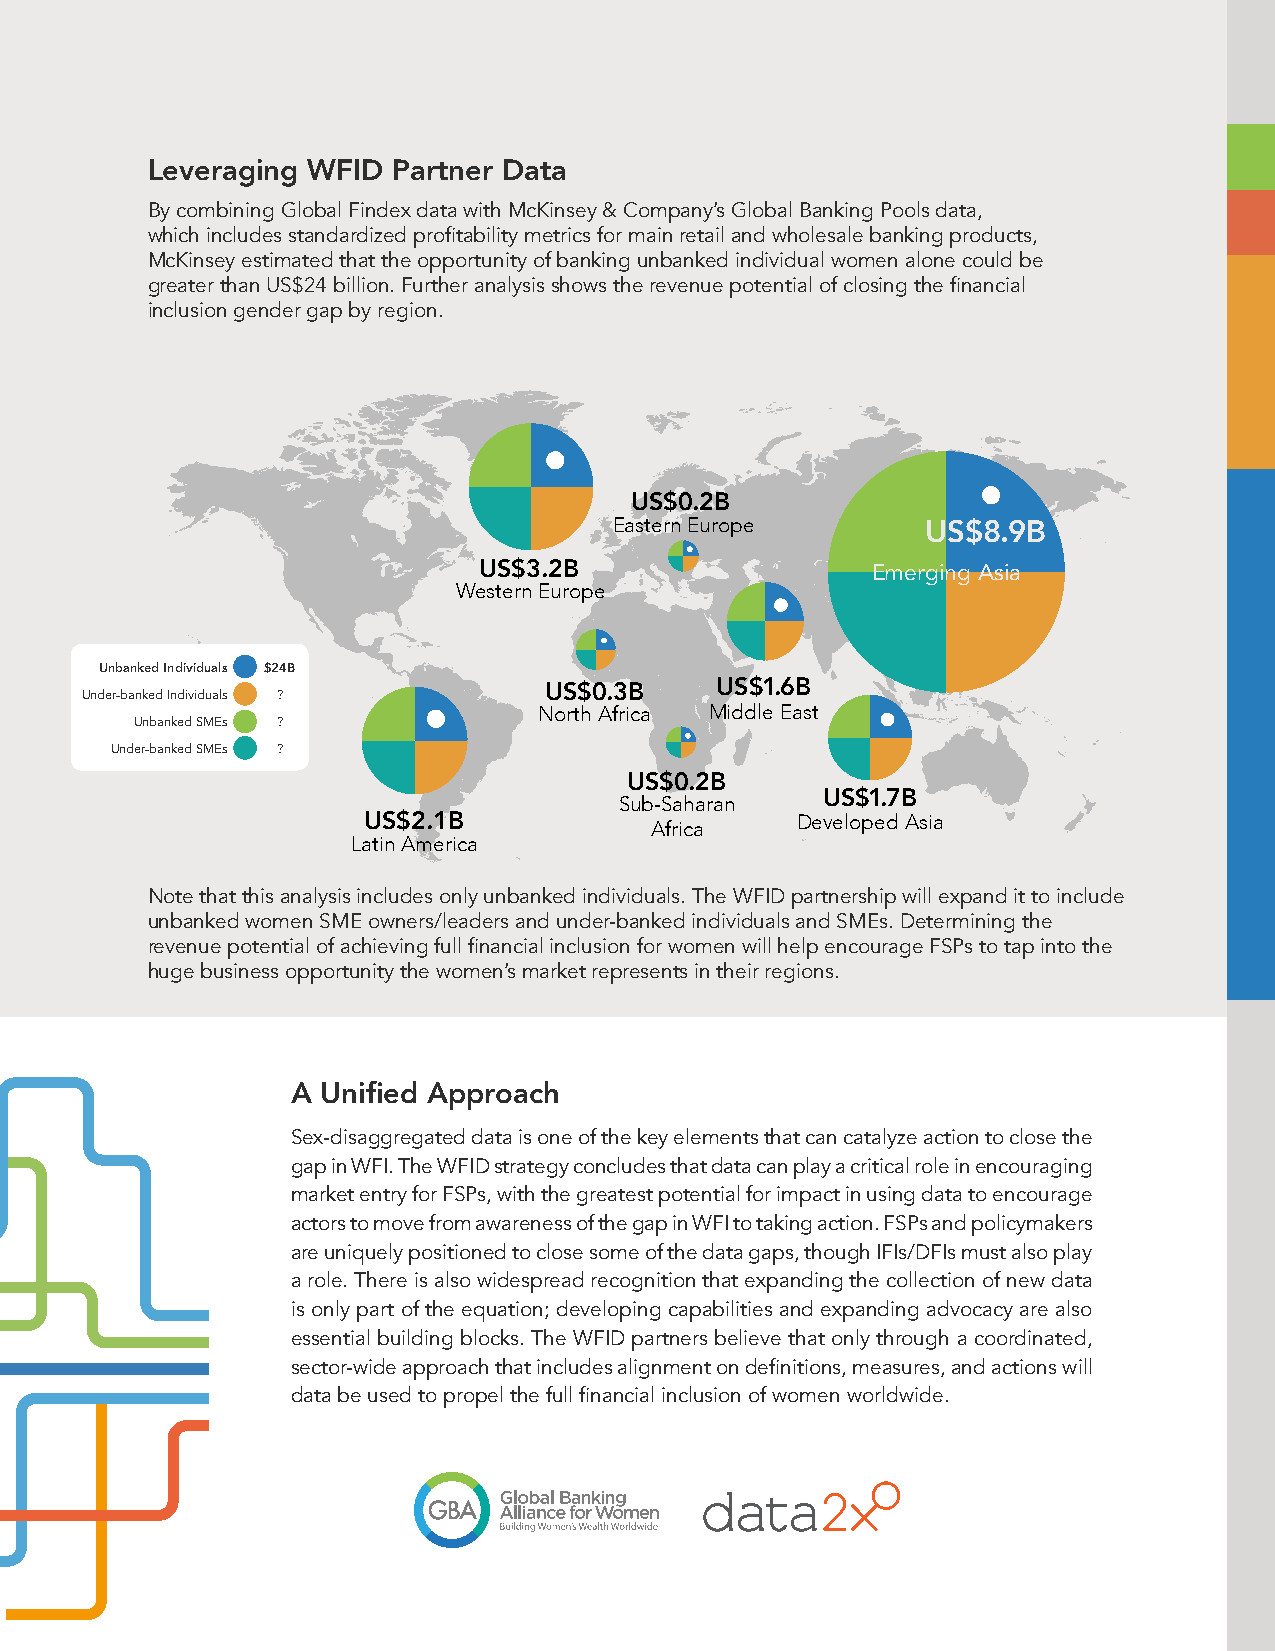
Leveraging WFID Partner Data
 By combining Global Findex data with McKinsey & Company’s Global Banking Pools data,
 which includes standardized profitability metrics for main retail and wholesale banking products,
 McKinsey estimated that the opportunity of banking unbanked individual women alone could be
 greater than US$24 billion. Further analysis shows the revenue potential of closing the financial
 inclusion gender gap by region.
 US$0.2B
 Eastern Europe
 US$8.9B
 US$3.2B                   Emerging Asia
 Western Europe
 Unbanked Individuals $24B
 Under-banked Individuals ?     US$0.3B    US$1.6B
 North Africa Middle East
 Unbanked SMEs ?
 Under-banked SMEs ?
 US$0.2B
 Sub-Saharan  US$1.7B
 US$2.1B            Africa    Developed Asia
 Latin America
 Note that this analysis includes only unbanked individuals. The WFID partnership will expand it to include
 unbanked women SME owners/leaders and under-banked individuals and SMEs. Determining the
 revenue potential of achieving full financial inclusion for women will help encourage FSPs to tap into the
 huge business opportunity the women’s market represents in their regions.
 A Unified Approach
 Sex-disaggregated data is one of the key elements that can catalyze action to close the
 gap in WFI. The WFID strategy concludes that data can play a critical role in encouraging
 market entry for FSPs, with the greatest potential for impact in using data to encourage
 actors to move from awareness of the gap in WFI to taking action. FSPs and policymakers
 are uniquely positioned to close some of the data gaps, though IFIs/DFIs must also play
 a role. There is also widespread recognition that expanding the collection of new data
 is only part of the equation; developing capabilities and expanding advocacy are also
 essential building blocks. The WFID partners believe that only through a coordinated,
 sector-wide approach that includes alignment on definitions, measures, and actions will
 data be used to propel the full financial inclusion of women worldwide.